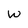
Character: w